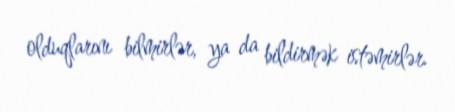
olduqlarını bilmirlər, ya da bildirmək istəmirlər.